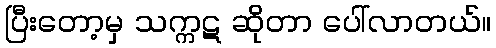
ပြီးတော့မှ သက္ကဋ ဆိုတာ ပေါ်လာတယ်။